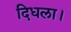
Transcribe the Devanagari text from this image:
दिधला।